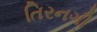
તિરનગી